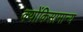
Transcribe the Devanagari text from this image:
क्योंकिसामान्य